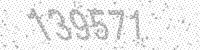
Solution: 139571